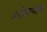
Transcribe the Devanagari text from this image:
मनोरंजनचाच